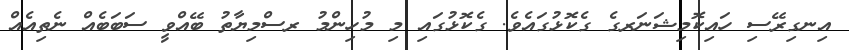
އިނގިރޭސި ހައިކޮމިޝަނަރގެ ގެކޮޅުގައެވެ. ގެކޮޅުގައި މި މުހިންމު ރސްމިޔާތު ބޭއްވީ ސަބަބެއް ނެތިއެއް